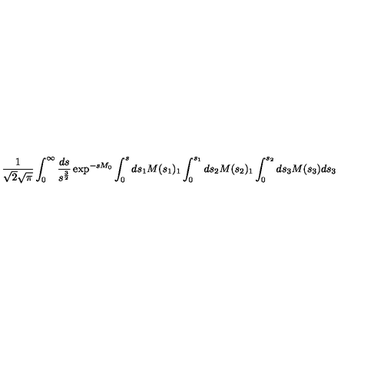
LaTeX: \frac { 1 } { \sqrt { 2 } \sqrt { \pi } } \int _ { 0 } ^ { \infty } \frac { d s } { s ^ { \frac { 3 } { 2 } } } \exp ^ { - s M _ { 0 } } \int _ { 0 } ^ { s } d s _ { 1 } M ( s _ { 1 } ) _ { 1 } \int _ { 0 } ^ { s _ { 1 } } d s _ { 2 } M ( s _ { 2 } ) _ { 1 } \int _ { 0 } ^ { s _ { 2 } } d s _ { 3 } M ( s _ { 3 } ) d s _ { 3 }